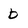
Character: b